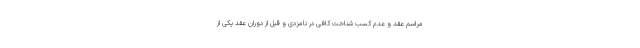
مراسم عقد و عدم کسب شناخت کافی در نامزدی و قبل از دوران عقد یکی از